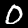
Digit: 0